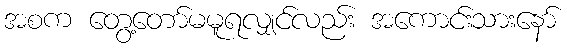
အစက တွေ့တော်မမူရလျှင်လည်း အကောင်းသားနော်